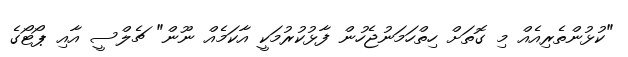
"ކުޅުންތެރިއެއް މި ގޮތަށް ހިތްހަމަނުޖެހުން ފާޅުކުރުމަކީ އާކަމެއް ނޫން" ޗެލްސީ އާއި ޕޯޓޯގެ